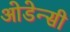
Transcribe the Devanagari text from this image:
ओडेन्सी